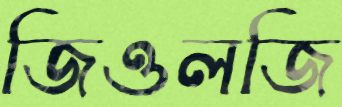
জিওলজি